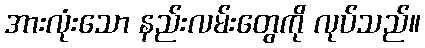
အားလုံးသော နည်းလမ်းတွေကို လုပ်သည်။